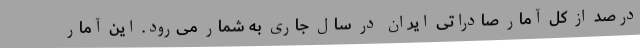
درصد از کل آمار صادراتی ایران در سال جاری به شمار می‌رود. این آمار